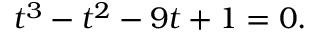
t ^ { 3 } - t ^ { 2 } - 9 t + 1 = 0 .